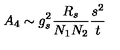
A _ { 4 } \sim g _ { s } ^ { 2 } \frac { R _ { s } } { N _ { 1 } N _ { 2 } } \frac { s ^ { 2 } } { t }